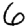
Digit: 6